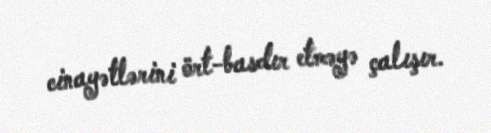
cinayətlərini ört-basdır etməyə çalışır.